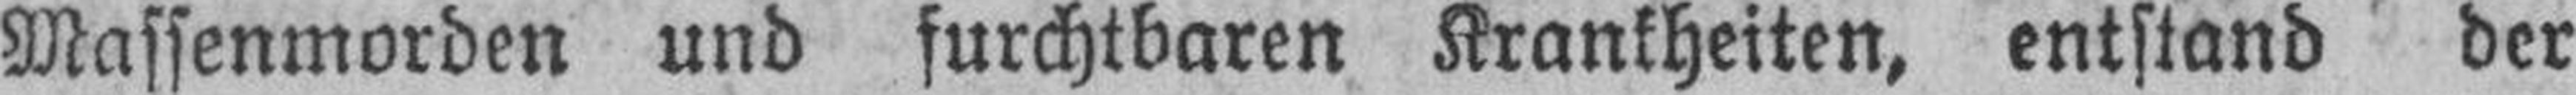
Massenmorden und furchtbaren Krankheiten, entstand der